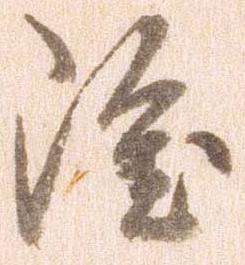
雖